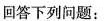
回答下列问题：